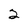
Character: 2